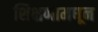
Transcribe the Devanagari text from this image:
शिक्षणामधून